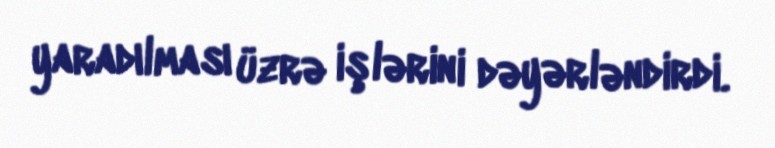
yaradılması üzrə işlərini dəyərləndirdi.